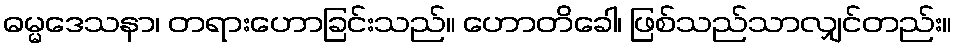
ဓမ္မဒေသနာ၊ တရားဟောခြင်းသည်။ ဟောတိခေါ၊ ဖြစ်သည်သာလျှင်တည်း။